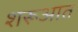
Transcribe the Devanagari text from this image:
शरूआत